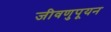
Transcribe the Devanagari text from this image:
जीवणुपूयन